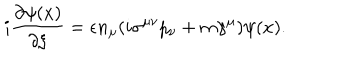
i \frac { \partial \psi ( x ) } { \partial \xi } = \epsilon n _ { \mu } ( i \sigma ^ { \mu \nu } p _ { \nu } + m \gamma ^ { \mu } ) \psi ( x ) .